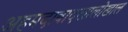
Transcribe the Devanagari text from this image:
अहमदाबादखालोखाल